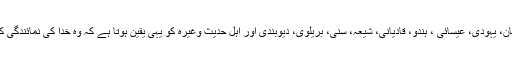
ہر ہر مسلمان، یہودی، عیسائی ، ہندو، قادیانی، شیعہ، سنی، بریلوی، دیوبندی اور اہل حدیث وغیرہ کو یہی یقین ہوتا ہے کہ وہ خدا کی نمائندگی کر رہا ہے ۔